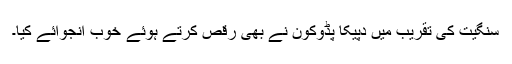
سنگیت کی تقریب میں دپیکا پڈوکون نے بھی رقص کرتے ہوئے خوب انجوائے کیا۔